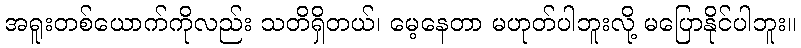
အရူးတစ်ယောက်ကိုလည်း သတိရှိတယ်၊ မေ့နေတာ မဟုတ်ပါဘူးလို့ မပြောနိုင်ပါဘူး။